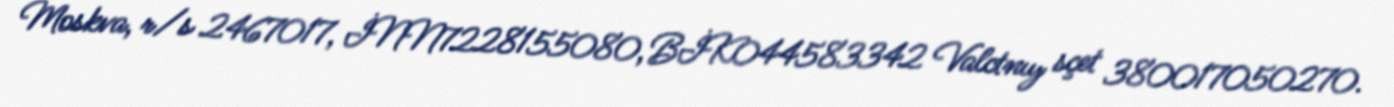
Moskva, r/s 2467017, İNN7228155080, BİK044583342 Valctnıy sçet 380017050270.